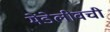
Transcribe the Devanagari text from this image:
मेंडेलीवची